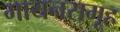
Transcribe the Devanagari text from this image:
गायनसमूह